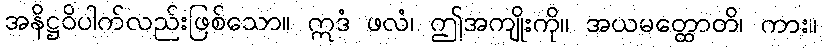
အနိဋ္ဌဝိပါက်လည်းဖြစ်သော။ ဣဒံ ဖလံ၊ ဤအကျိုးကို။ အယမတ္ထောတိ၊ ကား။